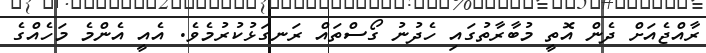
ރާއްޖެއަށް ދެން އޮތީ މުބާރާތުގައި ހެދުނު ގޯސްތައް ރަނގަޅުކުރުމެވެ. އެއީ އެންމެ މަހެއްގެ